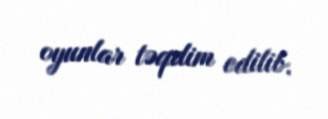
oyunlar təqdim edilib.